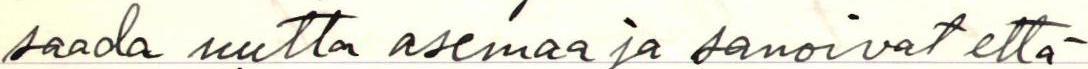
saada uutta asemaa ja sanoivat että